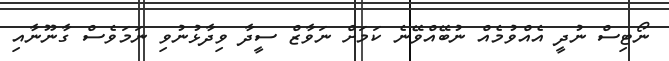
ނޯޓިސް ނުދީ އެއްވުމެއް ނުބޭއްވޭނެ ކަަމަށް ނަވާޒް ސީދާ ވިދާޅުނުވި ނަމަވެސް ގާނޫނާއި